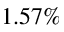
1 . 5 7 \%